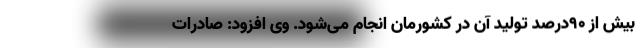
بیش از ۹۰درصد تولید آن در کشورمان انجام می‌شود. وی افزود: صادرات